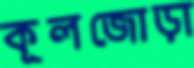
কূলজোড়া